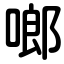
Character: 啷